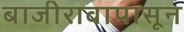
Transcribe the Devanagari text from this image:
बाजीरावापासून